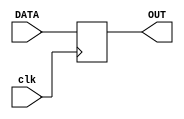
module Register_simple #(
     parameter WIDTH=8)
    (
	  input  clk,
	  input	[WIDTH-1:0] DATA,
	  output reg [WIDTH-1:0] OUT
    );

initial begin
	OUT<=0;
end	 

always@(posedge clk) begin
	OUT<=DATA;
end
	 
endmodule